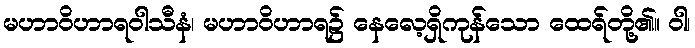
မဟာဝိဟာရဝါသီနံ၊ မဟာဝိဟာရ၌ နေလေ့ရှိကုန်သော ထေရ်တို့၏။ ဝါ၊